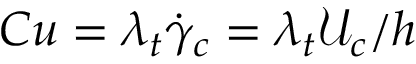
C u = \lambda _ { t } \dot { \gamma } _ { c } = \lambda _ { t } \mathcal { U } _ { c } / h